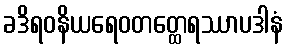
ခဒိရဝနိယရေဝတတ္ထေရဿာပဒါနံ